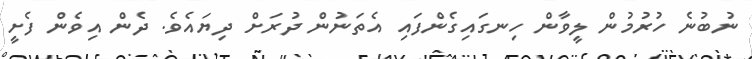
ނުބުނެ ހުރުމުން ލީވާން ހިނގައިގެންފައި އެތަނުން ދުރަށް ދިޔައެވެ. ދެން އިވެން ފެށީ